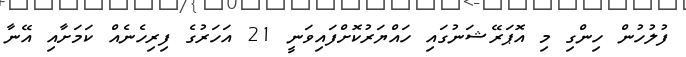
ފުލުހުން ހިންގި މި އޮޕަރޭޝަނުގައި ހައްޔަރުކޮށްފައިވަނީ 21 އަހަރުގެ ފިރިހެނެއް ކަމަށާއި އޭނާ